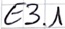
Text: E3.1